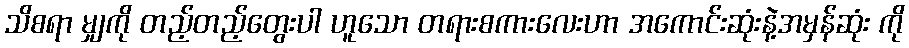
သိစရာ မျှကို တည့်တည့်တွေးပါ ဟူသော တရားစကားလေးဟာ အကောင်းဆုံးနဲ့အမှန်ဆုံး ကို